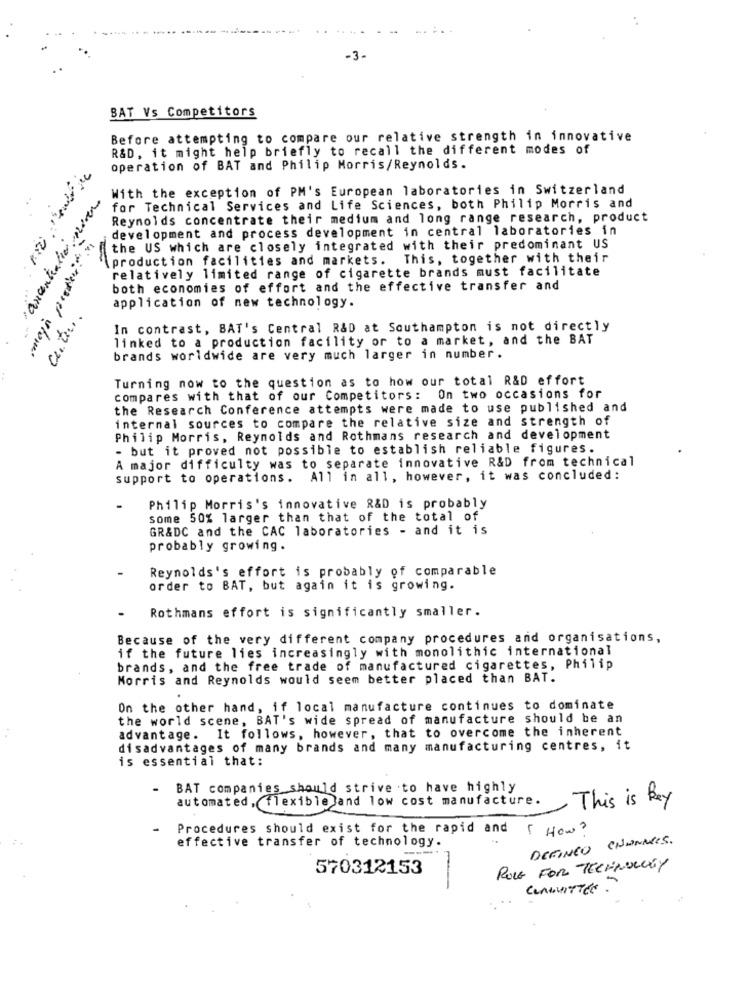
-3-
BAT Vs Competitors
Before attempting to compare our relative strength in innovative
R&D, it might help briefly to recall the different modes of
operation of BAT and Philip Morris/Reynolds.
With the exception of PM's European laboratories in Switzerland
anankaliv never
for Technical Services and Life Sciences, both Philip Morris and
Reynolds concentrate their medium and long range research, product
development and process development in central laboratories in
the US which are closely integrated with their predominant US
\production facilities and markets.
This, together with their
relatively limited range of cigarette brands must facilitate
both economies of effort and the effective transfer and
application of new technology.
In contrast, BAT's Central R&D at Southampton is not directly
linked to a production facility or to a market, and the BAT
brands worldwide are very much larger in number.
Turning now to the question as to how our total R&D effort
compares with that of our Competitors: On two occasions for
the Research Conference attempts were made to use published and
internal sources to compare the relative size and strength of
Philip Morris, Reynolds and Rothmans research and development
- but it proved not possible to establish reliable figures.
A major difficulty was to separate innovative R&D from technical
support to operations. All in all, however, it was concluded:
Philip Morris's innovative R&D is probably
some 50% larger than that of the total of
GR&DC and the CAC laboratories - and it is
probably growing.
Reynolds's effort is probably of comparable
order to BAT, but again it is growing.
Rothmans effort is significantly smaller.
Because of the very different company procedures and organisations,
if the future lies increasingly with monolithic international
brands, and the free trade of manufactured cigarettes, Philip
Morris and Reynolds would seem better placed than BAT.
On the other hand, if local manufacture continues to dominate
the world scene, BAT's wide spread of manufacture should be an
advantage. It follows, however, that to overcome the inherent
disadvantages of many brands and many manufacturing centres, it
is essential that:
BAT companies should strive to have highly
automated, flexible]and low cost manufacture.
This is Ray
Procedures should exist for the rapid and
[ How ?
effective transfer of technology.
DEFINEO CHANNELS.
570312153
ROLE FOR TECHNOLOGY
-